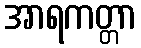
အာရကတ္တာ